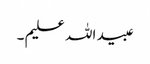
عبید اللہ علیم ۔